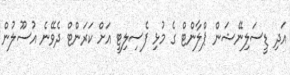
އަދި ޑީސަލިނޭޝަން ޕްލާންޓް ގެ މުޅި ފެސިލިޓީ އަށް ކަރަންޓް ދެވޭނެ އުސޫލުން